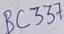
Text: BC337